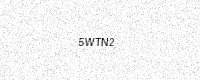
Text: 5WTN2